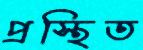
প্রস্থিত